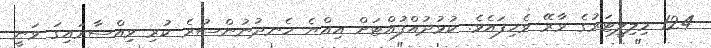
124 މިލިލީޓަރުގެ ވާރޭ ވެހިފައެވެ. ކުޅުދުއްފުއްޓަށް އިއްޔެ ހެނދުނުންސުރެ ކުރި ވިއްސާރައިގަ ވަނީ